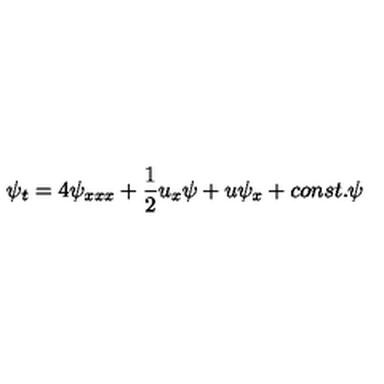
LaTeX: \psi _ { t } = 4 \psi _ { x x x } + { \frac { 1 } { 2 } } u _ { x } \psi + u \psi _ { x } + c o n s t . \psi